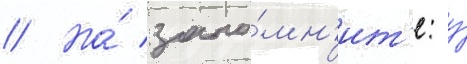
// Но́ запо́мн'ит'е: у́